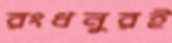
রংধনুরই